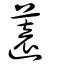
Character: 薳